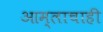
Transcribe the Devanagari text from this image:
आम्लाचाही